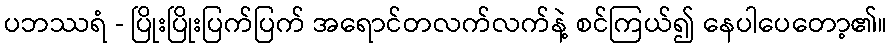
ပဘဿရံ - ပြိုးပြိုးပြက်ပြက် အရောင်တလက်လက်နဲ့ စင်ကြယ်၍ နေပါပေတော့၏။